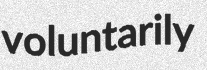
voluntarily